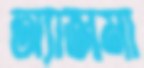
অ্যাজমা